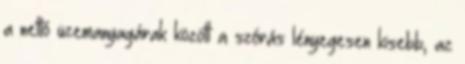
a nettó üzemanyagárak között a szórás lényegesen kisebb, az